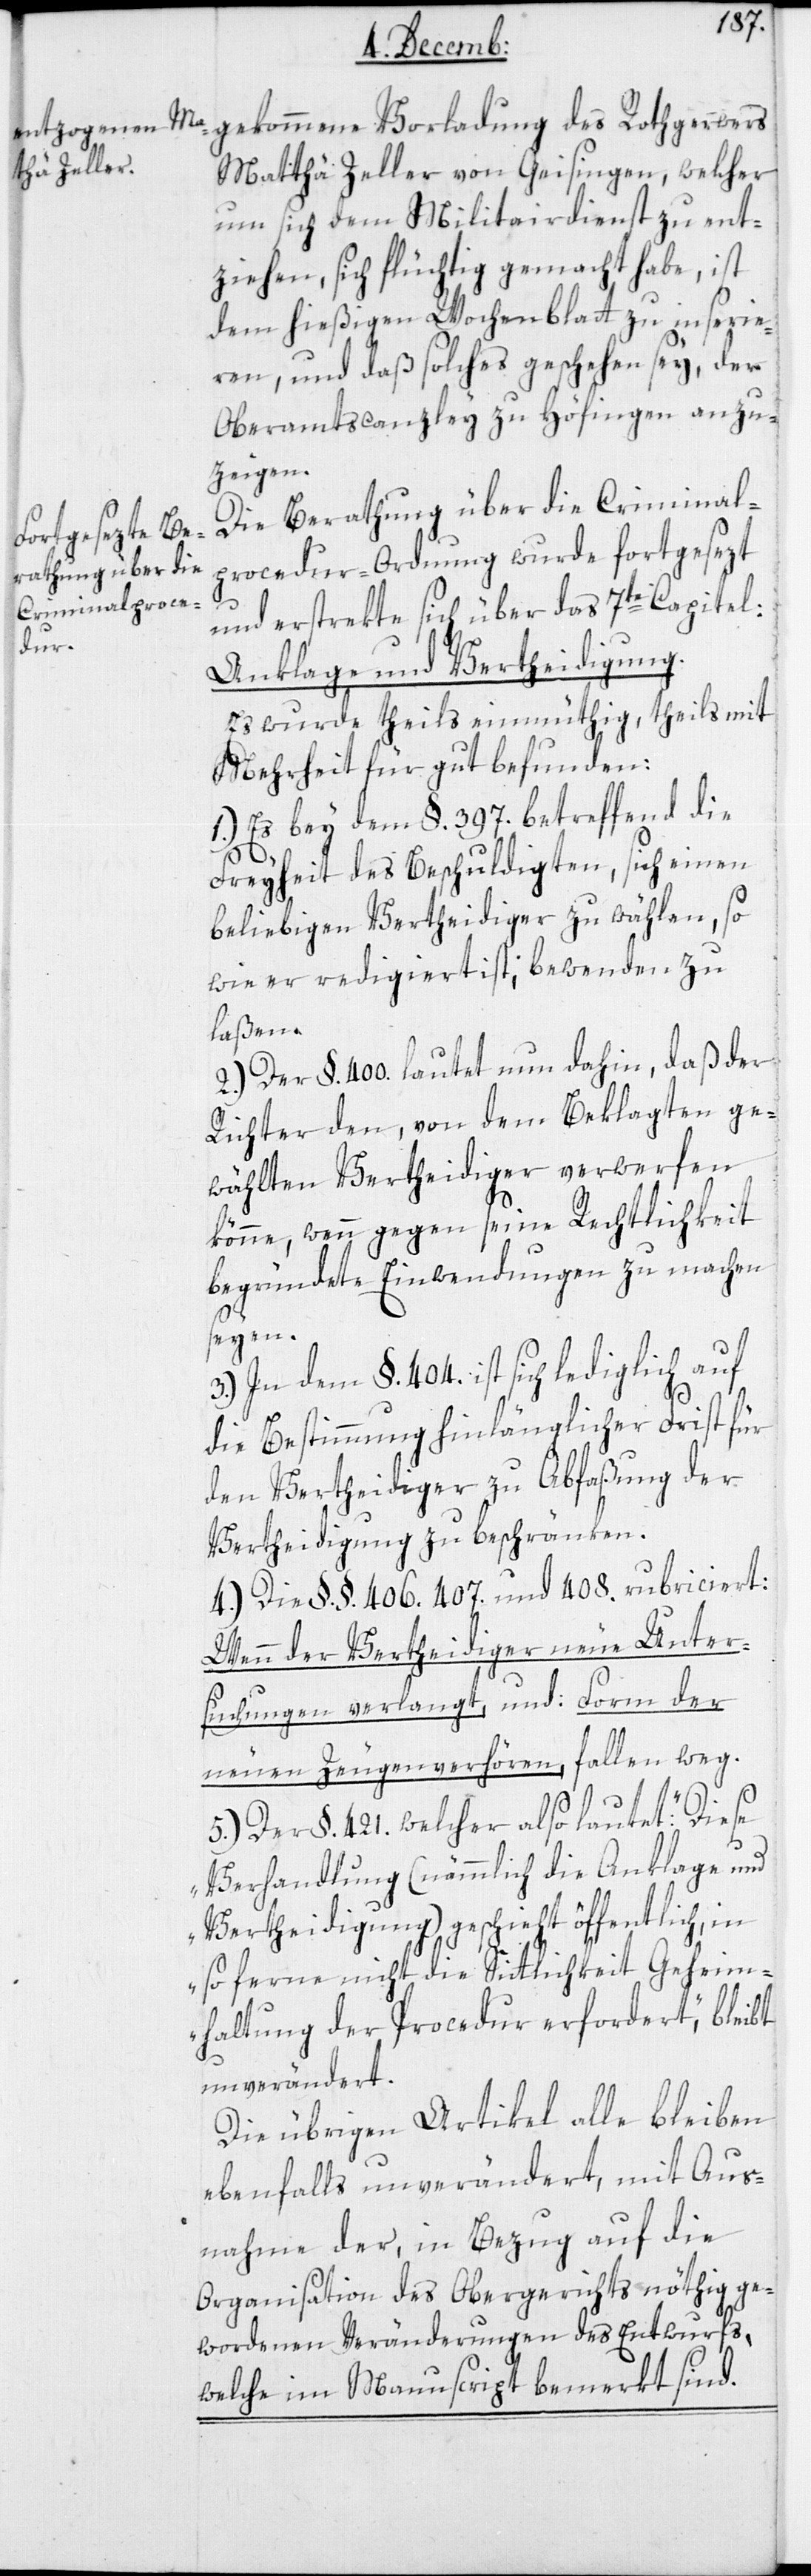
gekommene Vorladung des Rothgerwers
Matthä Zeller von Geisingen, welcher
um sich dem Miltairdienst zu ent¬
ziehen, sich flüchtig gemacht habe, ist
dem hießigen Wochenblatt zu inserie¬
ren, und daß solches geschehen sey, der
Oberamtscanzley zu Hüfingen anzu¬
zeigen.
Die Berathung über die Criminal¬
procedur-Ordnung wurde fortgesezt
und erstrekte sich über das 7te Capitel:
Anklage und Verteidigung.
Es wurde theils einmütig, theils mit
Mehrheit für gut befunden:
1.) Es sey dem §. 397. betreffend die
Freyheit des Beschuldigten, sich einen
beliebigen Vertheidiger zu wählen, so
wie er redigiert ist; bewenden zu
laßen.
2.) Der §. 400. lautet nun dahin, daß der
Richter den, von dem Beklagten ge¬
wählten Vertheidiger verwerfen
könne, wenn gegen seine Rechtlichkeit
begründete Einwendungen zu machen
seyen.
3.) In dem §. 404. ist sich lediglich auf
die Bestimmung hinlänglicher Frist für
den Vertheidiger zu Abfaßung der
Vertheidigung zu beschränken.
4.) Die §. §. 406. 407. und 408. rubriciert:
Wenn der Verteidiger neue Unter¬
suchungen verlangt, und: Form der
neuen Zeugenverhören, fallen weg.
5.) Der §. 421. welcher also lautet: „Diese
Verhandlung (nämmlich die Anklage und
Vertheidigung) geschieht öffentlich, in
so ferne nicht die Sittlichkeit Geheim¬
haltung der Procedur erfordert“, bleibt
unverändert.
Die übrigen Artikel alle bleiben
ebenfalls unverändert, mit Aus¬
nahme der, in Bezug auf die
Organisation des Obergerichts nöthig ge¬
wordenen Veränderungen des Entwurfs,
welche im Manuscript bemerkt sind.